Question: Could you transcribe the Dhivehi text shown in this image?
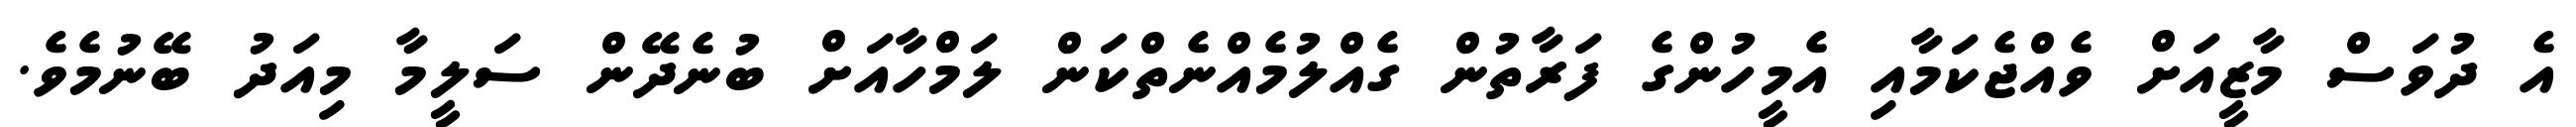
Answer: އެ ދުވަސް މާޒީއަށް ވެއްޖެކަމާއި އެމީހުންގެ ފަރާތުން ގެއްލުމެއްނެތްކަން ލަމްހާއަށް ބުނެދޭން ސަލީމާ މިއަދު ބޭނުމެވެ.